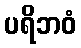
ပရိဘဝံ